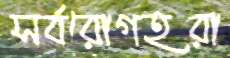
সর্বরোগহরা